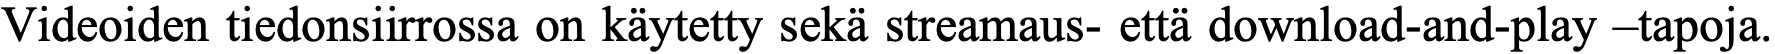
Videoiden tiedonsiirrossa on käytetty sekä streamaus- että download-and-play –tapoja.